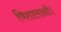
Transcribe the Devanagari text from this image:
विशालाक्षी।